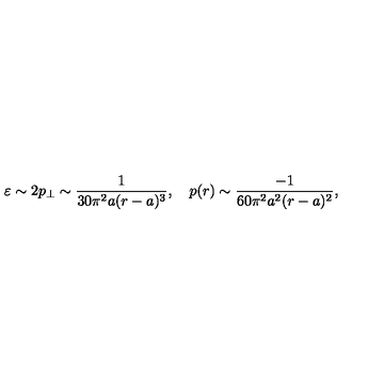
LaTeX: \varepsilon \sim 2 p _ { \perp } \sim \frac { 1 } { 3 0 \pi ^ { 2 } a ( r - a ) ^ { 3 } } , \quad p ( r ) \sim \frac { - 1 } { 6 0 \pi ^ { 2 } a ^ { 2 } ( r - a ) ^ { 2 } } ,